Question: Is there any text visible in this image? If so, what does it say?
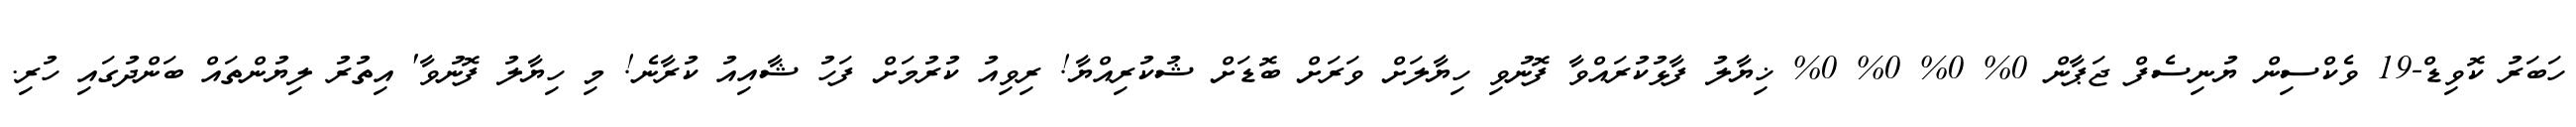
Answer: ހަބަރު ކޮވިޑް-19 ވެކްސިން ޔުނިސެފް ޖަޕާން 0% 0% 0% 0% ޚިޔާލު ފާޅުކުރައްވާ ފޮނުވި ހިޔާލަށް ވަރަށް ބޮޑަށް ޝުކުރިއްޔާ! ރިވިއު ކުރުމަށް ފަހު ޝާއިއު ކުރާނެ! މި ހިޔާލު ފޮނުވާ' އިތުރު ލިޔުންތައް ބަންދުގައި ހުރި.